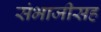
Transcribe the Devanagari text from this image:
संभाजीसह